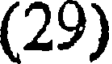
(29)